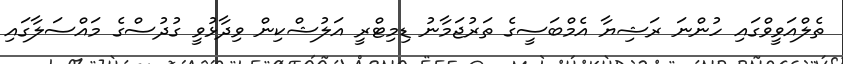
ތެލްއަވީވްގައި ހުންނަ ރަޝިޔާ އެމްބަސީގެ ތަރުޖަމާނު ޑިމިޓްރީ އަލުޝްކިން ވިދާޅުވީ ގުދުސްގެ މައްސަލާގައި